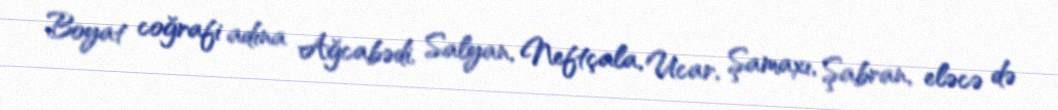
Boyat coğrafi adına Ağcabədi, Salyan, Neftçala, Ucar, Şamaxı, Şabran, eləcə də